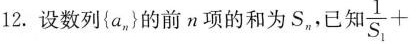
12.设数列{a_{n}}的前n项的和为S_{n}，已知$$\frac { 1 } { S _ { 1 } } +$$